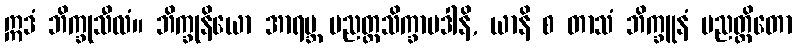
ဣဒံ ဘိက္ခုသီလံ။ ဘိက္ခုနိယော အာရဗ္ဘ ပညတ္တသိက္ခာပဒါနိ, ယာနိ စ တာသံ ဘိက္ခူနံ ပညတ္တိတော